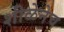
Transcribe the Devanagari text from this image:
शीळेनेच